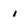
Character: i